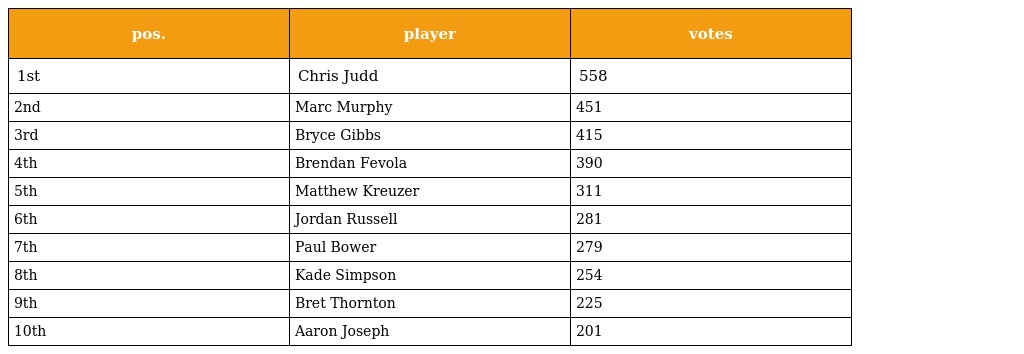
| pos. | player | votes |
 | --- | --- | --- |
 | 1st | Chris Judd | 558 |
 | 2nd | Marc Murphy | 451 |
 | 3rd | Bryce Gibbs | 415 |
 | 4th | Brendan Fevola | 390 |
 | 5th | Matthew Kreuzer | 311 |
 | 6th | Jordan Russell | 281 |
 | 7th | Paul Bower | 279 |
 | 8th | Kade Simpson | 254 |
 | 9th | Bret Thornton | 225 |
 | 10th | Aaron Joseph | 201 |